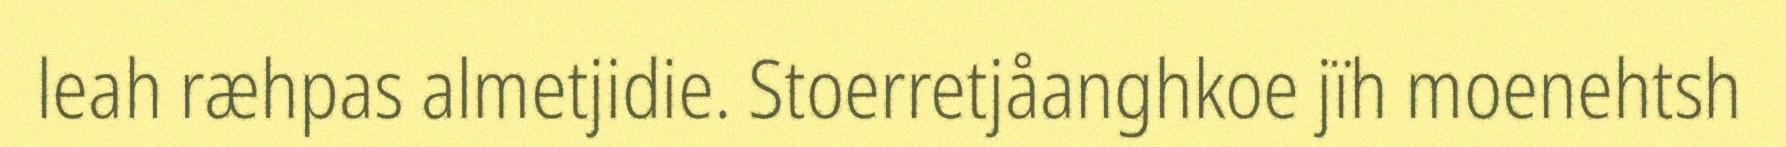
leah ræhpas almetjidie. Stoerretjåanghkoe jïh moenehtsh